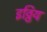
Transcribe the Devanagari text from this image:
इठ्ठिय